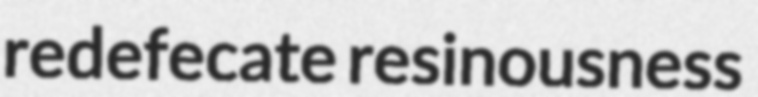
redefecate resinousness